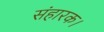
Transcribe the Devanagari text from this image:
संहारक।